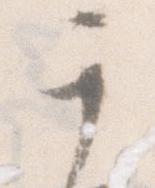
于